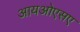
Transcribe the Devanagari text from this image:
आयओएसए